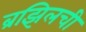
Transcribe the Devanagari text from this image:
ब्रझिलची